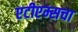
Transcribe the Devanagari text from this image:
एटीएम्सचा